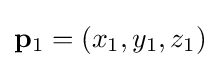
\mathbf {p} _{1}=(x_{1},y_{1},z_{1})